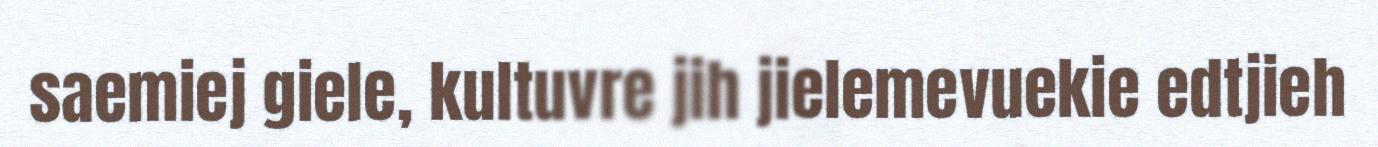
saemiej giele, kultuvre jih jielemevuekie edtjieh